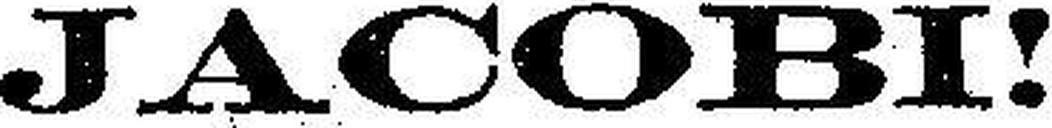
JACOBI!